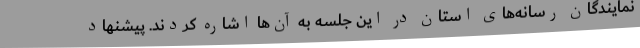
نمایندگان رسانه‌های استان در این جلسه به آن‌ها اشاره کردند. پیشنهاد